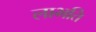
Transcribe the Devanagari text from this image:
लाभति